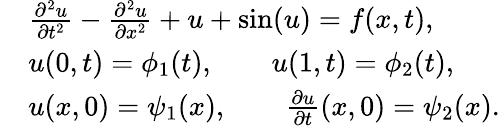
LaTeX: \begin{array}{rl}&{\frac{\partial^{2}u}{\partial t^{2}}-\frac{\partial^{2}u}{\partial x^{2}}+u+\sin(u)=f(x,t),}\\ &{u({0},t)=\phi_{1}(t),\qquad u({1},t)=\phi_{2}(t),}\\ &{u({x},0)=\psi_{1}({x}),\qquad\frac{\partial u}{\partial t}({x},0)=\psi_{2}({x}).}\end{array}